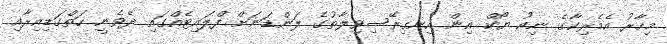
މިހާރު އެމެރިކާގެ ނިއު ޔޯކް އިން އިނގިރޭސިވިލާތުގެ ލަންޑަނަށް ފްލައިޓެއްގައި ދެވެނީ ހަތްގަޑިއިރާއި